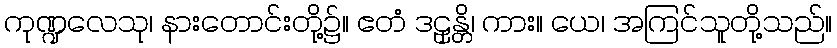
ကုဏ္ဍလေသု၊ နားတောင်းတို့၌။ ဧတံ ဒဠှန္တိ၊ ကား။ ယေ၊ အကြင်သူတို့သည်။